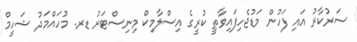
ސަރުކާރު އައި ފަހުން މަޑުޖެހިފައިވާތީ ކުރީގެ އިސްލާމިކް މިނިސްޓަރު ޑރ. މުހައްމަދު ޝަހީމް